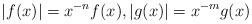
LaTeX: \begin{align*}|f(x)|=x^{-n}f(x),|g(x)|=x^{-m}g(x)\end{align*}